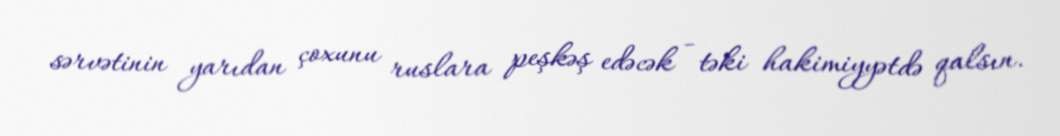
sərvətinin yarıdan çoxunu ruslara peşkəş edəcək - təki hakimiyyətdə qalsın.